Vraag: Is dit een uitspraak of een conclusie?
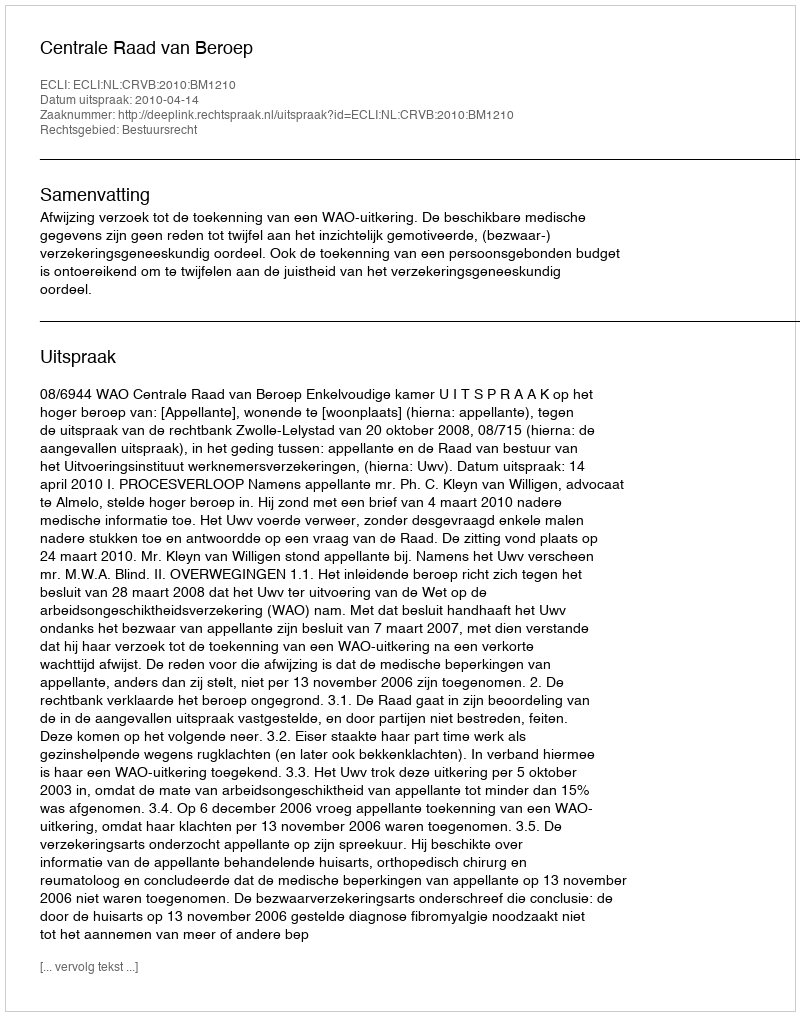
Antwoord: Uitspraak